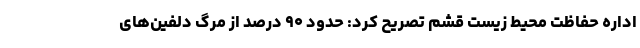
اداره حفاظت محیط زیست قشم تصریح کرد: حدود ۹۰ درصد از مرگ دلفین‌های